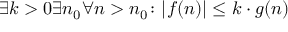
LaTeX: \exists k > 0 \exists n _ { 0 } \forall n > n _ { 0 } \colon | f ( n ) | \leq k \cdot g ( n )